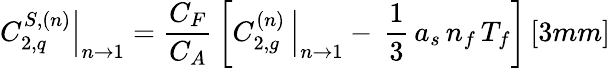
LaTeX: \left.C_{2,q}^{S,(n)}\right|_{n\rightarrow 1}=\frac{C_{F}}{C_{A}}\, \left[\left.C_{2,g}^{(n)}\, \right|_{n\rightarrow 1}-\, \frac{1}{3}\, a_{s}\, n_{f}\, T_{f}\right]\, [3mm]